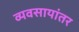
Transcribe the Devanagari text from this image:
व्यवसायांतर